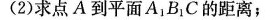
(2)求点A到平面A_{1}B_{1}C的距离；